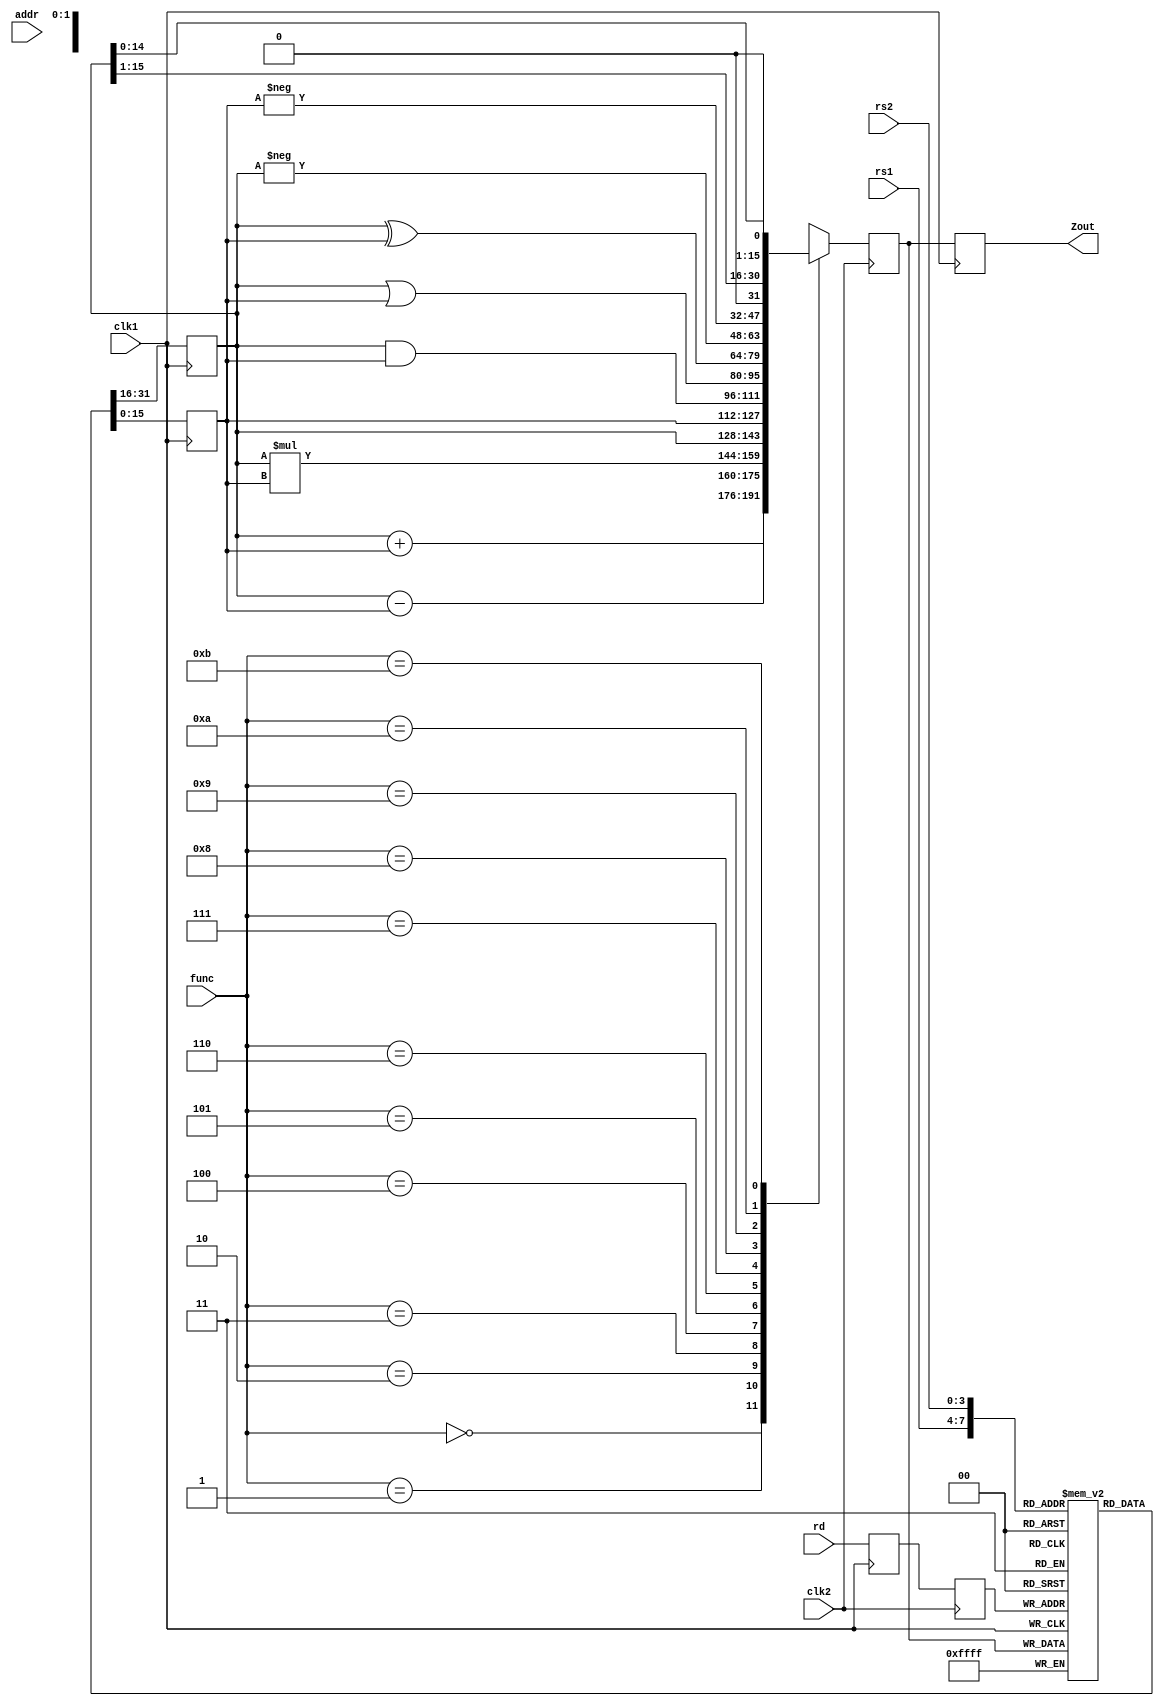
module pipe_ex2(Zout,rs1,rs2,rd,func,addr,clk1,clk2);
input [3:0] rs1,rs2,rd,func;
input [7:0] addr;
input clk1,clk2;
output [15:0] Zout;
reg [15:0] L12_A,L12_B,L23_Z,L34_Z;
reg [3:0] L12_rd,L12_func,L23_rd;
reg [7:0] L12_addr,L23_addr,L34_addr;
reg [15:0] regbank [0:15];
reg[15:0] mem [0:255];
assign Zout=L34_Z;

always @(posedge clk1)
begin
L12_A <= #2 regbank[rs1];
L12_B <= #2 regbank[rs2];
L12_rd <= #2 rd;
L12_func <= #2 func;
L12_addr <= #2 addr;
end

always @(negedge clk2)
begin
  case(func)
   0:L23_Z <= #2 L12_A + L12_B;
   1:L23_Z <= #2 L12_A - L12_B;
   2:L23_Z <= #2 L12_A * L12_B;
   3:L23_Z <= #2 L12_A;
   4:L23_Z <= #2 L12_B;
   5:L23_Z <= #2 L12_A & L12_B;
   6:L23_Z <= #2 L12_A | L12_B;
   7:L23_Z <= #2 L12_A ^ L12_B;
   8:L23_Z <= #2 -L12_A;
   9:L23_Z <= #2 -L12_B;
   10:L23_Z <= #2 L12_A >>1;
   11:L23_Z <= #2 L12_A <<1;
   default: L23_Z <= #2 16'hxxxx;
  endcase
  L23_rd <= #2 L12_rd;
  L23_addr <= L12_addr;
end 
always @(posedge clk1)
begin
regbank[L23_rd] <= #2 L23_Z ;
L34_Z  <= #2 L23_Z;
L34_addr <= #2 L23_addr;
end
always @(negedge clk2)
begin
mem[L34_addr] <= #2 L34_Z;
end
endmodule